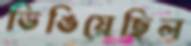
ডিঙিয়েছিল